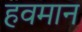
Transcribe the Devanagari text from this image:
हवमान